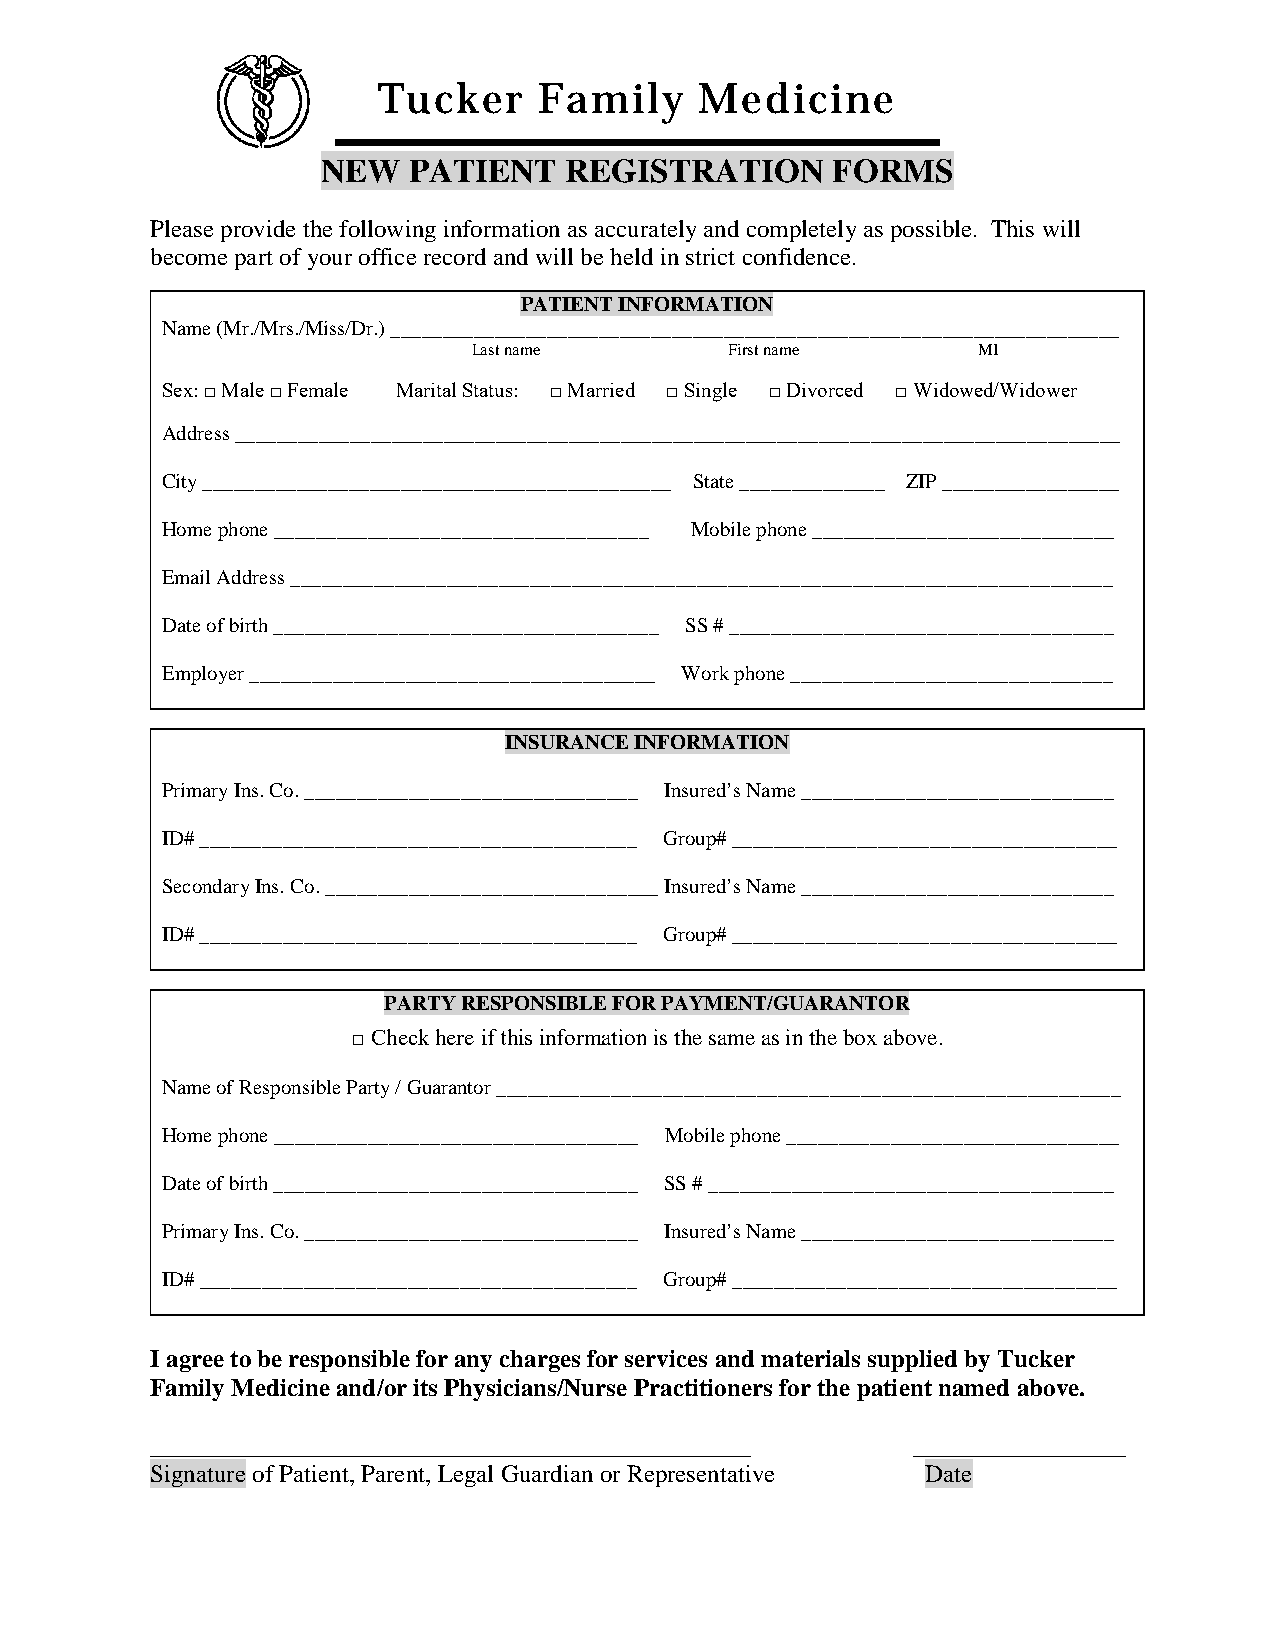
Tucker     Family    Medicine
 NEW   PATIENT   REGISTRATION      FORMS
 Please provide the following information as accurately and completely as possible. This will
 become part of your office record and will be held in strict confidence.
 PATIENT INFORMATION
 Name (Mr./Mrs./Miss/Dr.) ______________________________________________________________________
 Last name        First name       MI
 Sex: □ Male □ Female Marital Status: □ Married □ Single □ Divorced □ Widowed/Widower
 Address _____________________________________________________________________________________
 City _____________________________________________ State ______________ ZIP _________________
 Home phone ____________________________________ Mobile phone _____________________________
 Email Address _______________________________________________________________________________
 Date of birth _____________________________________ SS # _____________________________________
 Employer _______________________________________ Work phone _______________________________
 INSURANCE INFORMATION
 Primary Ins. Co. ________________________________ Insured’s Name ______________________________
 ID# __________________________________________ Group# _____________________________________
 Secondary Ins. Co. ________________________________ Insured’s Name ______________________________
 ID# __________________________________________ Group# _____________________________________
 PARTY RESPONSIBLE FOR PAYMENT/GUARANTOR
 □ Check here if this information is the same as in the box above.
 Name of Responsible Party / Guarantor ____________________________________________________________
 Home phone ___________________________________ Mobile phone ________________________________
 Date of birth ___________________________________ SS # _______________________________________
 Primary Ins. Co. ________________________________ Insured’s Name ______________________________
 ID# __________________________________________ Group# _____________________________________
 I agree to be responsible for any charges for services and materials supplied by Tucker
 Family Medicine and/or its Physicians/Nurse Practitioners for the patient named above.
 ________________________________________________  _________________
 Signature of Patient, Parent, Legal Guardian or Representative Date